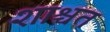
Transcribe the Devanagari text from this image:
शाश्चत